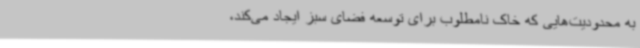
به محدودیت‌هایی که خاک نامطلوب برای توسعه فضای سبز ایجاد می‌کند،